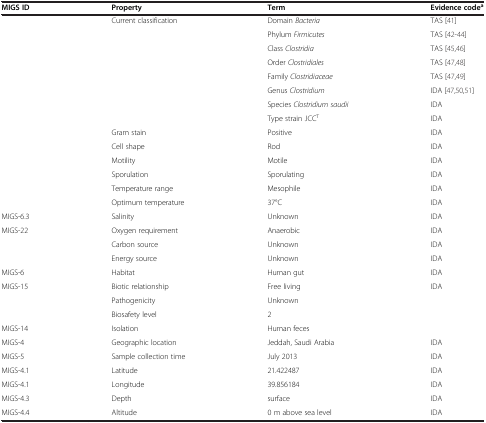
<table><thead><tr><td><b>MIGS ID</b></td><td><b>Property</b></td><td><b>Term</b></td><td><b>Evidence code<sup>a</sup></b></td></tr></thead><tbody><tr><td> </td><td>Current classification</td><td>Domain <i>Bacteria</i></td><td>TAS [41]</td></tr><tr><td> </td><td> </td><td>Phylum <i>Firmicutes</i></td><td>TAS [42-44]</td></tr><tr><td> </td><td> </td><td>Class <i>Clostridia</i></td><td>TAS [45,46]</td></tr><tr><td> </td><td> </td><td>Order <i>Clostridiales</i></td><td>TAS [47,48]</td></tr><tr><td> </td><td> </td><td>Family <i>Clostridiaceae</i></td><td>TAS [47,49]</td></tr><tr><td> </td><td> </td><td>Genus <i>Clostridium</i></td><td>IDA [47,50,51]</td></tr><tr><td> </td><td> </td><td>Species <i>Clostridium saudii</i></td><td>IDA</td></tr><tr><td> </td><td> </td><td>Type strain JCC<sup>T</sup></td><td>IDA</td></tr><tr><td> </td><td>Gram stain</td><td>Positive</td><td>IDA</td></tr><tr><td> </td><td>Cell shape</td><td>Rod</td><td>IDA</td></tr><tr><td> </td><td>Motility</td><td>Motile</td><td>IDA</td></tr><tr><td> </td><td>Sporulation</td><td>Sporulating</td><td>IDA</td></tr><tr><td> </td><td>Temperature range</td><td>Mesophile</td><td>IDA</td></tr><tr><td> </td><td>Optimum temperature</td><td>37°C</td><td>IDA</td></tr><tr><td>MIGS-6.3</td><td>Salinity</td><td>Unknown</td><td>IDA</td></tr><tr><td>MIGS-22</td><td>Oxygen requirement</td><td>Anaerobic</td><td>IDA</td></tr><tr><td> </td><td>Carbon source</td><td>Unknown</td><td>IDA</td></tr><tr><td> </td><td>Energy source</td><td>Unknown</td><td>IDA</td></tr><tr><td>MIGS-6</td><td>Habitat</td><td>Human gut</td><td>IDA</td></tr><tr><td>MIGS-15</td><td>Biotic relationship</td><td>Free living</td><td>IDA</td></tr><tr><td> </td><td>Pathogenicity</td><td>Unknown</td><td> </td></tr><tr><td> </td><td>Biosafety level</td><td>2</td><td> </td></tr><tr><td>MIGS-14</td><td>Isolation</td><td>Human feces</td><td> </td></tr><tr><td>MIGS-4</td><td>Geographic location</td><td>Jeddah, Saudi Arabia</td><td>IDA</td></tr><tr><td>MIGS-5</td><td>Sample collection time</td><td>July 2013</td><td>IDA</td></tr><tr><td>MIGS-4.1</td><td>Latitude</td><td>21.422487</td><td>IDA</td></tr><tr><td>MIGS-4.1</td><td>Longitude</td><td>39.856184</td><td>IDA</td></tr><tr><td>MIGS-4.3</td><td>Depth</td><td>surface</td><td>IDA</td></tr><tr><td>MIGS-4.4</td><td>Altitude</td><td>0 m above sea level</td><td>IDA</td></tr></tbody></table>